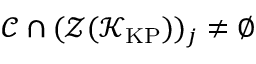
\mathcal { C } \cap ( \mathcal { Z } ( \mathcal { K } _ { \mathrm { K P } } ) ) _ { j } \neq \emptyset